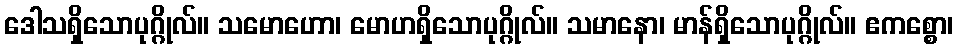
ဒေါသရှိသောပုဂ္ဂိုလ်။ သမောဟော၊ မောဟရှိသောပုဂ္ဂိုလ်။ သမာနော၊ မာန်ရှိသောပုဂ္ဂိုလ်။ ဧကစ္စော၊